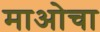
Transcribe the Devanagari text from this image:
माओचा